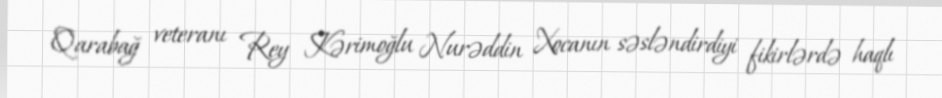
Qarabağ veteranı Rey Kərimoğlu Nurəddin Xocanın səsləndirdiyi fikirlərdə haqlı